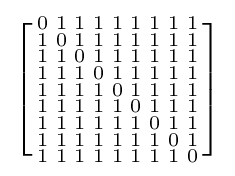
\left[{\begin{smallmatrix}0&1&1&1&1&1&1&1&1\\1&0&1&1&1&1&1&1&1\\1&1&0&1&1&1&1&1&1\\1&1&1&0&1&1&1&1&1\\1&1&1&1&0&1&1&1&1\\1&1&1&1&1&0&1&1&1\\1&1&1&1&1&1&0&1&1\\1&1&1&1&1&1&1&0&1\\1&1&1&1&1&1&1&1&0\\\end{smallmatrix}}\right]